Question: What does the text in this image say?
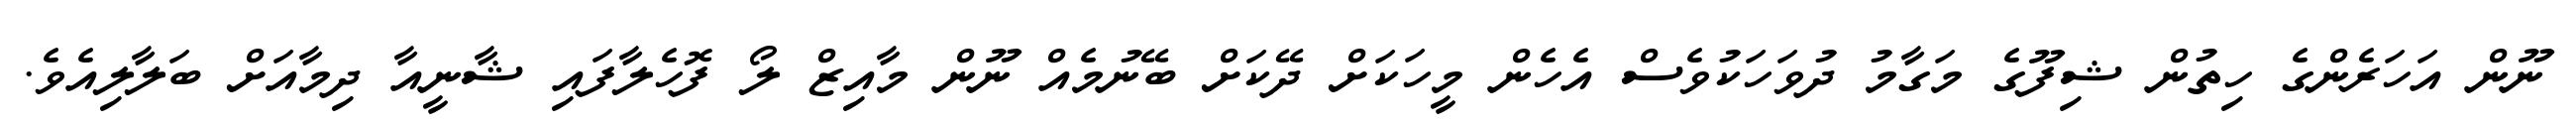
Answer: ނޫން އަހަރެންގެ ހިތުން ޝިފޫގެ މަގާމު ދުވަހަކުވެސް އެހެން މީހަކަށް ދޭކަށް ބޭނުމެއް ނޫން މާއިޒް ލޯ ފޮހެލާފައި ޝާނީއާ ދިމާއަށް ބަލާލިއެވެ.